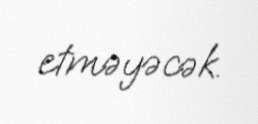
etməyəcək.